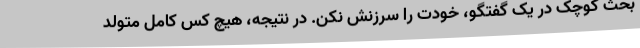
بحث کوچک در یک گفتگو، خودت را سرزنش نکن. در نتیجه، هیچ کس کامل متولد